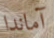
آماندا